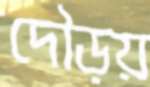
দৌড়য়